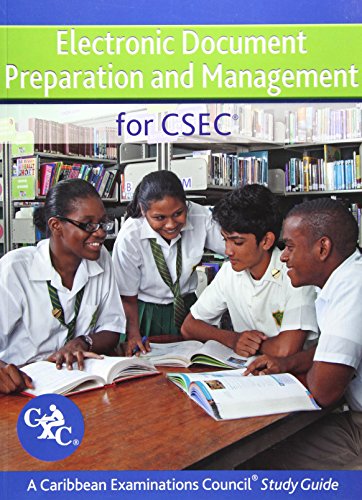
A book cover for Electronic Document Preparation and Management for CSEC Study Guide: Covers latest CSEC Electronic Document Preparation and Management syllabus.; Ann Margaret Jacob; Teen & Young Adult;